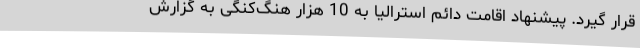
قرار گیرد. پیشنهاد اقامت دائم استرالیا به 10 هزار هنگ‌کنگی به گزارش